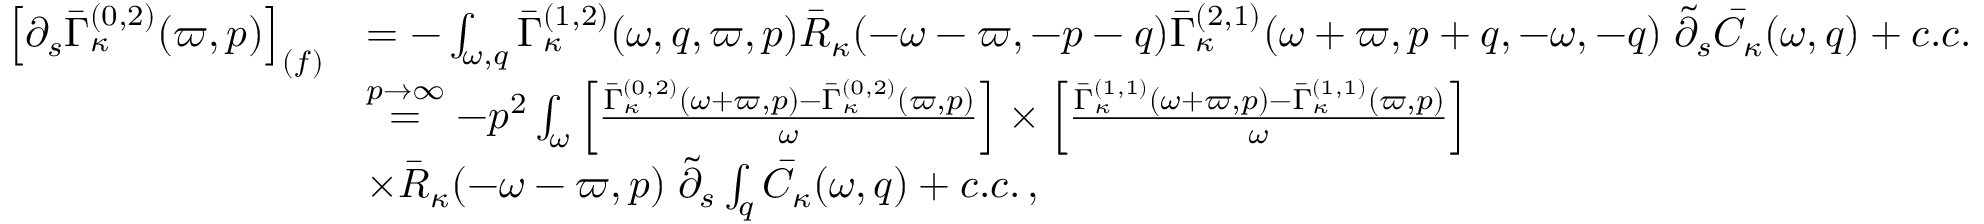
\begin{array} { r l } { \left[ \partial _ { s } \bar { \Gamma } _ { \kappa } ^ { ( 0 , 2 ) } ( \varpi , p ) \right] _ { ( f ) } } & { = - \int _ { \omega , q } \bar { \Gamma } _ { \kappa } ^ { ( 1 , 2 ) } ( \omega , q , \varpi , p ) \bar { R } _ { \kappa } ( - \omega - \varpi , - p - q ) \bar { \Gamma } _ { \kappa } ^ { ( 2 , 1 ) } ( \omega + \varpi , p + q , - \omega , - q ) \; \tilde { \partial } _ { s } \bar { C } _ { \kappa } ( \omega , q ) + c . c . } \\ & { \stackrel { p \to \infty } { = } - p ^ { 2 } \int _ { \omega } \left[ \frac { \bar { \Gamma } _ { \kappa } ^ { ( 0 , 2 ) } ( \omega + \varpi , p ) - \bar { \Gamma } _ { \kappa } ^ { ( 0 , 2 ) } ( \varpi , p ) } { \omega } \right] \times \left[ \frac { \bar { \Gamma } _ { \kappa } ^ { ( 1 , 1 ) } ( \omega + \varpi , p ) - \bar { \Gamma } _ { \kappa } ^ { ( 1 , 1 ) } ( \varpi , p ) } { \omega } \right] } \\ & { \times \bar { R } _ { \kappa } ( - \omega - \varpi , p ) \; \tilde { \partial } _ { s } \int _ { q } \bar { C } _ { \kappa } ( \omega , q ) + c . c . \, , } \end{array}